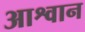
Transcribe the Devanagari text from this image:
आश्वान